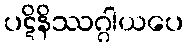
ပဋိနိဿဂ္ဂါယပေ